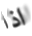
اذا